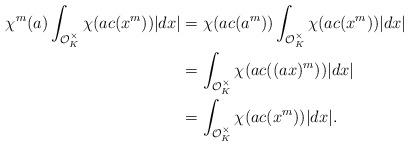
LaTeX: \begin{align*}\chi^m(a)\int_{\mathcal{O}_K^{\times}}{\chi(ac (x^m))|dx|}&=\chi(ac (a^m))\int_{\mathcal{O}_K^{\times}}{\chi(ac (x^m))|dx|}\\&=\int_{\mathcal{O}_K^{\times}}{\chi(ac ((ax)^m))|dx|}\\&=\int_{\mathcal{O}_K^{\times}}{\chi(ac (x^m))|dx|}.\end{align*}